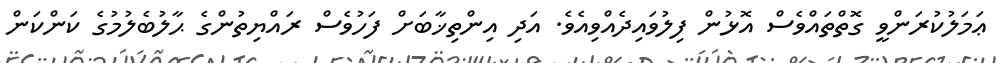
ޢަމަލުކުރަންވީ ގޮތްތައްވެސް އޮޅުން ފިލުވައިދެއްވިއެވެ. އަދި އިންތިޚާބަށް ފަހުވެސް ރައްޔިތުންގެ ޙާލުބެލުމުގެ ކަންކަން